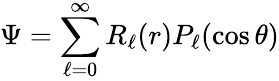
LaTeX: \Psi=\sum_{\ell=0}^{\infty}R_{\ell}(r)P_{\ell}(\cos\theta)